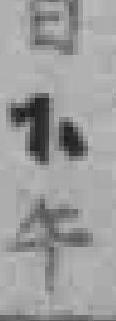
日下午